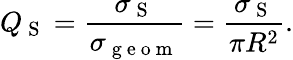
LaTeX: Q_{\mathrm{~S~}}=\frac{\sigma_{\mathrm{~S~}}}{\sigma_{\mathrm{~g~e~o~m~}}}=\frac{\sigma_{\mathrm{~S~}}}{\pi R^{2}}.